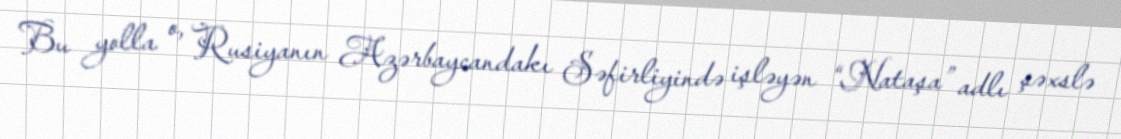
Bu yolla o, Rusiyanın Azərbaycandakı Səfirliyində işləyən “Nataşa” adlı şəxslə